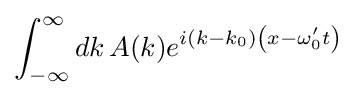
\int _{-\infty }^{\infty }dk\,A(k)e^{i(k-k_{0})\left(x-\omega '_{0}t\right)}